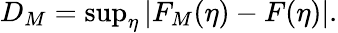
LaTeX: \begin{array}{r}{D_{M}=\operatorname*{sup}_{\eta}\left|F_{M}(\eta)-F(\eta)\right|.}\end{array}